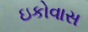
ઇકોવાસ